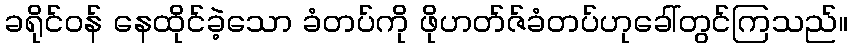
ခရိုင်ဝန် နေထိုင်ခဲ့သော ခံတပ်ကို ဖိုဟတ်ဇ်ခံတပ်ဟုခေါ်တွင်ကြသည်။